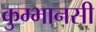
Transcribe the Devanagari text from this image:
कुम्भानसी